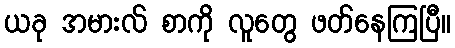
ယခု အမားလ် စာကို လူတွေ ဖတ်နေကြပြီ။